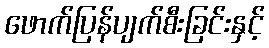
ဖောက်ပြန်ပျက်စီးခြင်းနှင့်